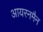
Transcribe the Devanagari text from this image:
आयरनमैन